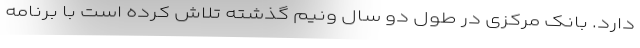
دارد. بانک مرکزی در طول دو سال ونیم گذشته تلاش کرده است با برنامه